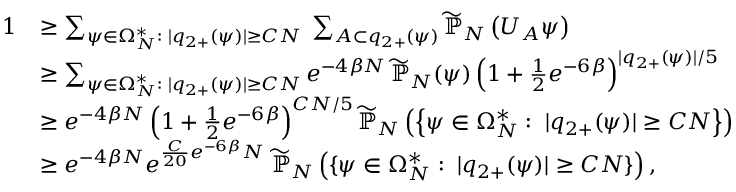
\begin{array} { r l } { 1 } & { \ge \sum _ { \psi \in \Omega _ { N } ^ { * } : \; \vert q _ { 2 + } ( \psi ) \vert \ge C N } \; \sum _ { A \subset q _ { 2 + } ( \psi ) } \widetilde { \mathbb { P } } _ { N } \left( U _ { A } \psi \right) } \\ & { \ge \sum _ { \psi \in \Omega _ { N } ^ { * } : \; \vert q _ { 2 + } ( \psi ) \vert \ge C N } e ^ { - 4 \beta N } \, \widetilde { \mathbb { P } } _ { N } ( \psi ) \left( 1 + \frac { 1 } { 2 } e ^ { - 6 \beta } \right) ^ { \vert q _ { 2 + } ( \psi ) \vert / 5 } } \\ & { \ge e ^ { - 4 \beta N } \left( 1 + \frac { 1 } { 2 } e ^ { - 6 \beta } \right) ^ { C N / 5 } \widetilde { \mathbb { P } } _ { N } \left( \left\{ \psi \in \Omega _ { N } ^ { * } : \; \vert q _ { 2 + } ( \psi ) \vert \ge C N \right\} \right) } \\ & { \ge e ^ { - 4 \beta N } e ^ { \frac { C } { 2 0 } e ^ { - 6 \beta } N } \; \widetilde { \mathbb { P } } _ { N } \left( \{ \psi \in \Omega _ { N } ^ { * } : \; \vert q _ { 2 + } ( \psi ) \vert \ge C N \} \right) , } \end{array}